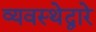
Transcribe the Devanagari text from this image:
व्यवस्थेद्वारे